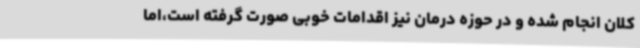
کلان انجام شده و در حوزه درمان نیز اقدامات خوبی صورت گرفته است،اما